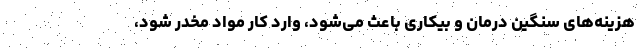
هزینه‌های سنگین درمان و بیکاری باعث می‌شود، وارد کار مواد مخدر شود،